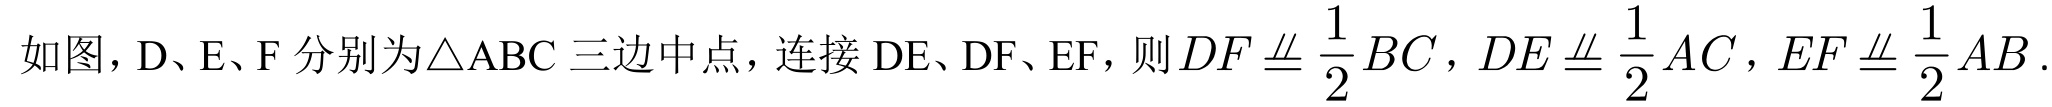
如图，D、E、F 分别为\(\triangle ABC\) 三边中点，连接 DE、DF、EF，则\(DF\equalparallel\frac{1}{2}BC\)，\(DE\equalparallel\frac{1}{2}AC\)，\(EF\equalparallel\frac{1}{2}AB\).